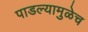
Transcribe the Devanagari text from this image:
पाडल्यामुळेच